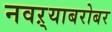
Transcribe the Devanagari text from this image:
नवऱ्याबरोबर